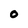
Character: O